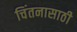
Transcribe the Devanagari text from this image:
चिंतनासाठी